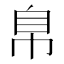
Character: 𰯴